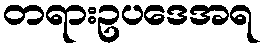
တရားဥပဒေအရ